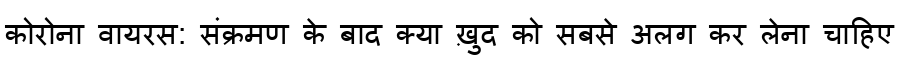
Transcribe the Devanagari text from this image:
कोरोना वायरस: संक्रमण के बाद क्या ख़ुद को सबसे अलग कर लेना चाहिए